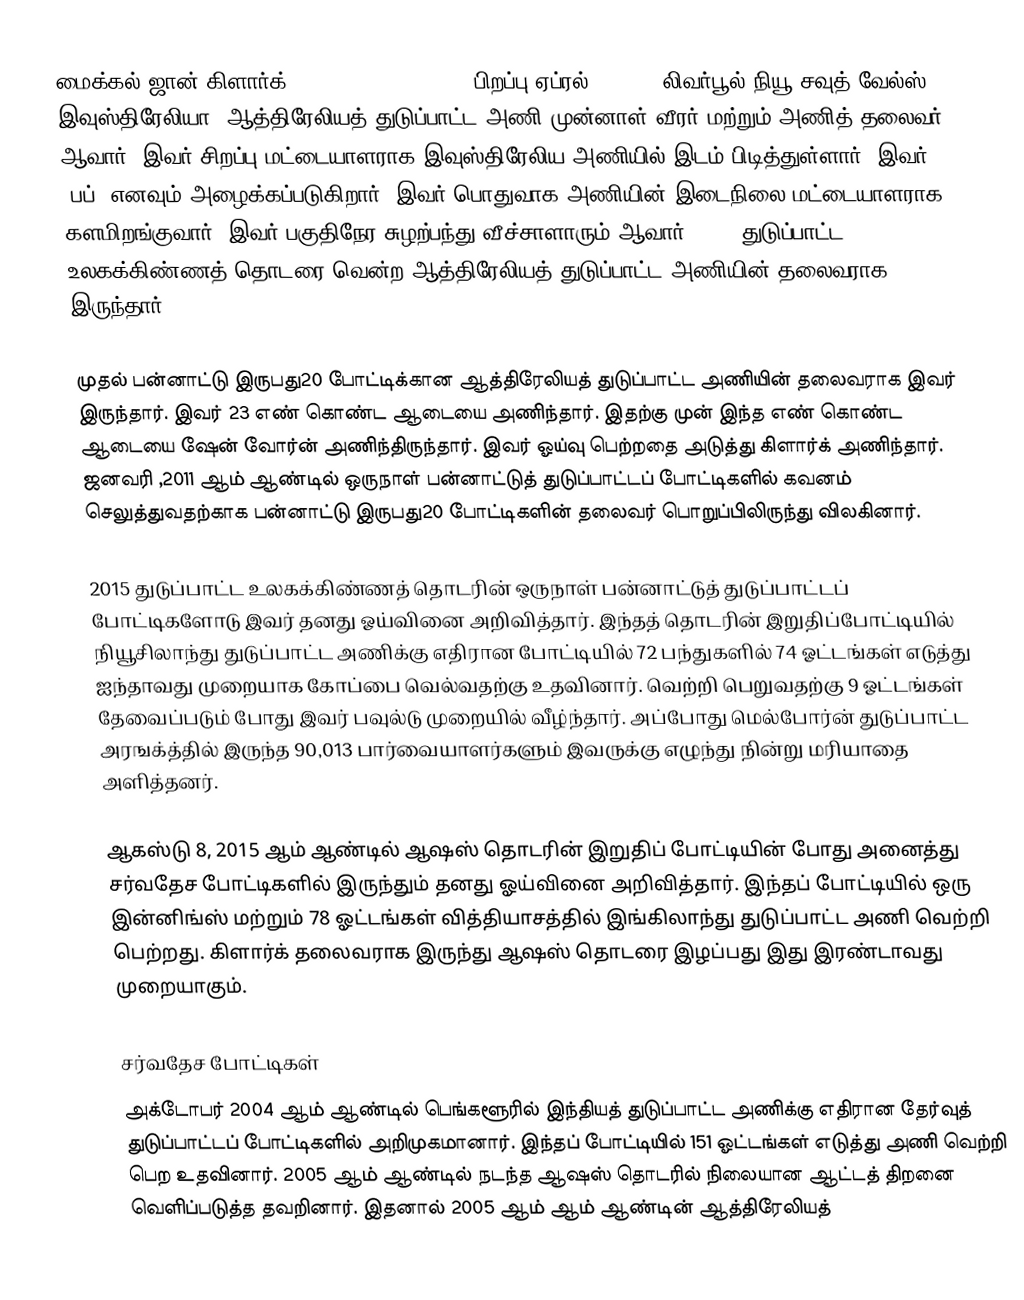
மைக்கல் ஜான் கிளார்க் (Michael John Clarke (பிறப்பு:ஏப்ரல் 2, 1981 லிவர்பூல்,நியூ சவுத் வேல்ஸ் இவுஸ்திரேலியா) ஆத்திரேலியத் துடுப்பாட்ட அணி முன்னாள் வீரர் மற்றும் அணித் தலைவர்  ஆவார். இவர் சிறப்பு மட்டையாளராக இவுஸ்திரேலிய அணியில் இடம் பிடித்துள்ளார். இவர் "பப்" எனவும் அழைக்கப்படுகிறார். இவர் பொதுவாக அணியின் இடைநிலை மட்டையாளராக களமிறங்குவார். இவர் பகுதிநேர சுழற்பந்து வீச்சாளாரும் ஆவார். 2015 துடுப்பாட்ட உலகக்கிண்ணத் தொடரை வென்ற ஆத்திரேலியத் துடுப்பாட்ட அணியின் தலைவராக இருந்தார்.

முதல் பன்னாட்டு இருபது20 போட்டிக்கான ஆத்திரேலியத் துடுப்பாட்ட அணியின் தலைவராக இவர் இருந்தார். இவர் 23 எண் கொண்ட ஆடையை அணிந்தார். இதற்கு முன் இந்த எண் கொண்ட ஆடையை ஷேன் வோர்ன் அணிந்திருந்தார். இவர் ஓய்வு பெற்றதை அடுத்து கிளார்க் அணிந்தார். ஜனவரி ,2011 ஆம் ஆண்டில் ஒருநாள் பன்னாட்டுத் துடுப்பாட்டப் போட்டிகளில் கவனம் செலுத்துவதற்காக பன்னாட்டு இருபது20 போட்டிகளின் தலைவர் பொறுப்பிலிருந்து விலகினார்.

2015 துடுப்பாட்ட உலகக்கிண்ணத் தொடரின் ஒருநாள் பன்னாட்டுத் துடுப்பாட்டப் போட்டிகளோடு இவர் தனது ஓய்வினை அறிவித்தார். இந்தத் தொடரின் இறுதிப்போட்டியில் நியூசிலாந்து துடுப்பாட்ட அணிக்கு எதிரான போட்டியில் 72 பந்துகளில் 74 ஓட்டங்கள் எடுத்து ஐந்தாவது முறையாக  கோப்பை வெல்வதற்கு உதவினார்.  வெற்றி பெறுவதற்கு 9 ஓட்டங்கள் தேவைப்படும் போது இவர் பவுல்டு முறையில் வீழ்ந்தார். அப்போது மெல்போர்ன் துடுப்பாட்ட அரஙக்த்தில் இருந்த 90,013 பார்வையாளர்களும் இவருக்கு எழுந்து நின்று மரியாதை அளித்தனர்.

ஆகஸ்டு 8, 2015 ஆம் ஆண்டில் ஆஷஸ் தொடரின் இறுதிப் போட்டியின் போது  அனைத்து சர்வதேச போட்டிகளில் இருந்தும் தனது ஓய்வினை அறிவித்தார். இந்தப் போட்டியில் ஒரு இன்னிங்ஸ் மற்றும் 78 ஓட்டங்கள் வித்தியாசத்தில் இங்கிலாந்து துடுப்பாட்ட அணி வெற்றி பெற்றது. கிளார்க் தலைவராக இருந்து ஆஷஸ் தொடரை இழப்பது இது இரண்டாவது முறையாகும்.

சர்வதேச போட்டிகள்
அக்டோபர் 2004 ஆம் ஆண்டில் பெங்களூரில் இந்தியத் துடுப்பாட்ட அணிக்கு எதிரான தேர்வுத் துடுப்பாட்டப் போட்டிகளில் அறிமுகமானார். இந்தப் போட்டியில் 151 ஓட்டங்கள் எடுத்து அணி வெற்றி பெற உதவினார். 2005 ஆம் ஆண்டில் நடந்த ஆஷஸ் தொடரில் நிலையான ஆட்டத் திறனை வெளிப்படுத்த தவறினார். இதனால் 2005 ஆம் ஆம் ஆண்டின் ஆத்திரேலியத்